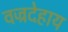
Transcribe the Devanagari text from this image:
वज्रदेहाय